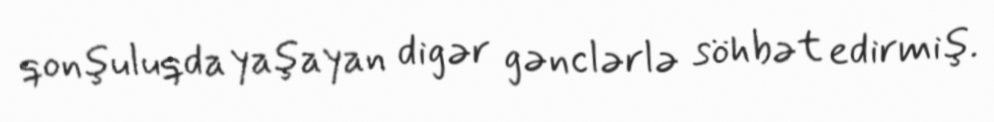
qonşuluqda yaşayan digər gənclərlə söhbət edirmiş.